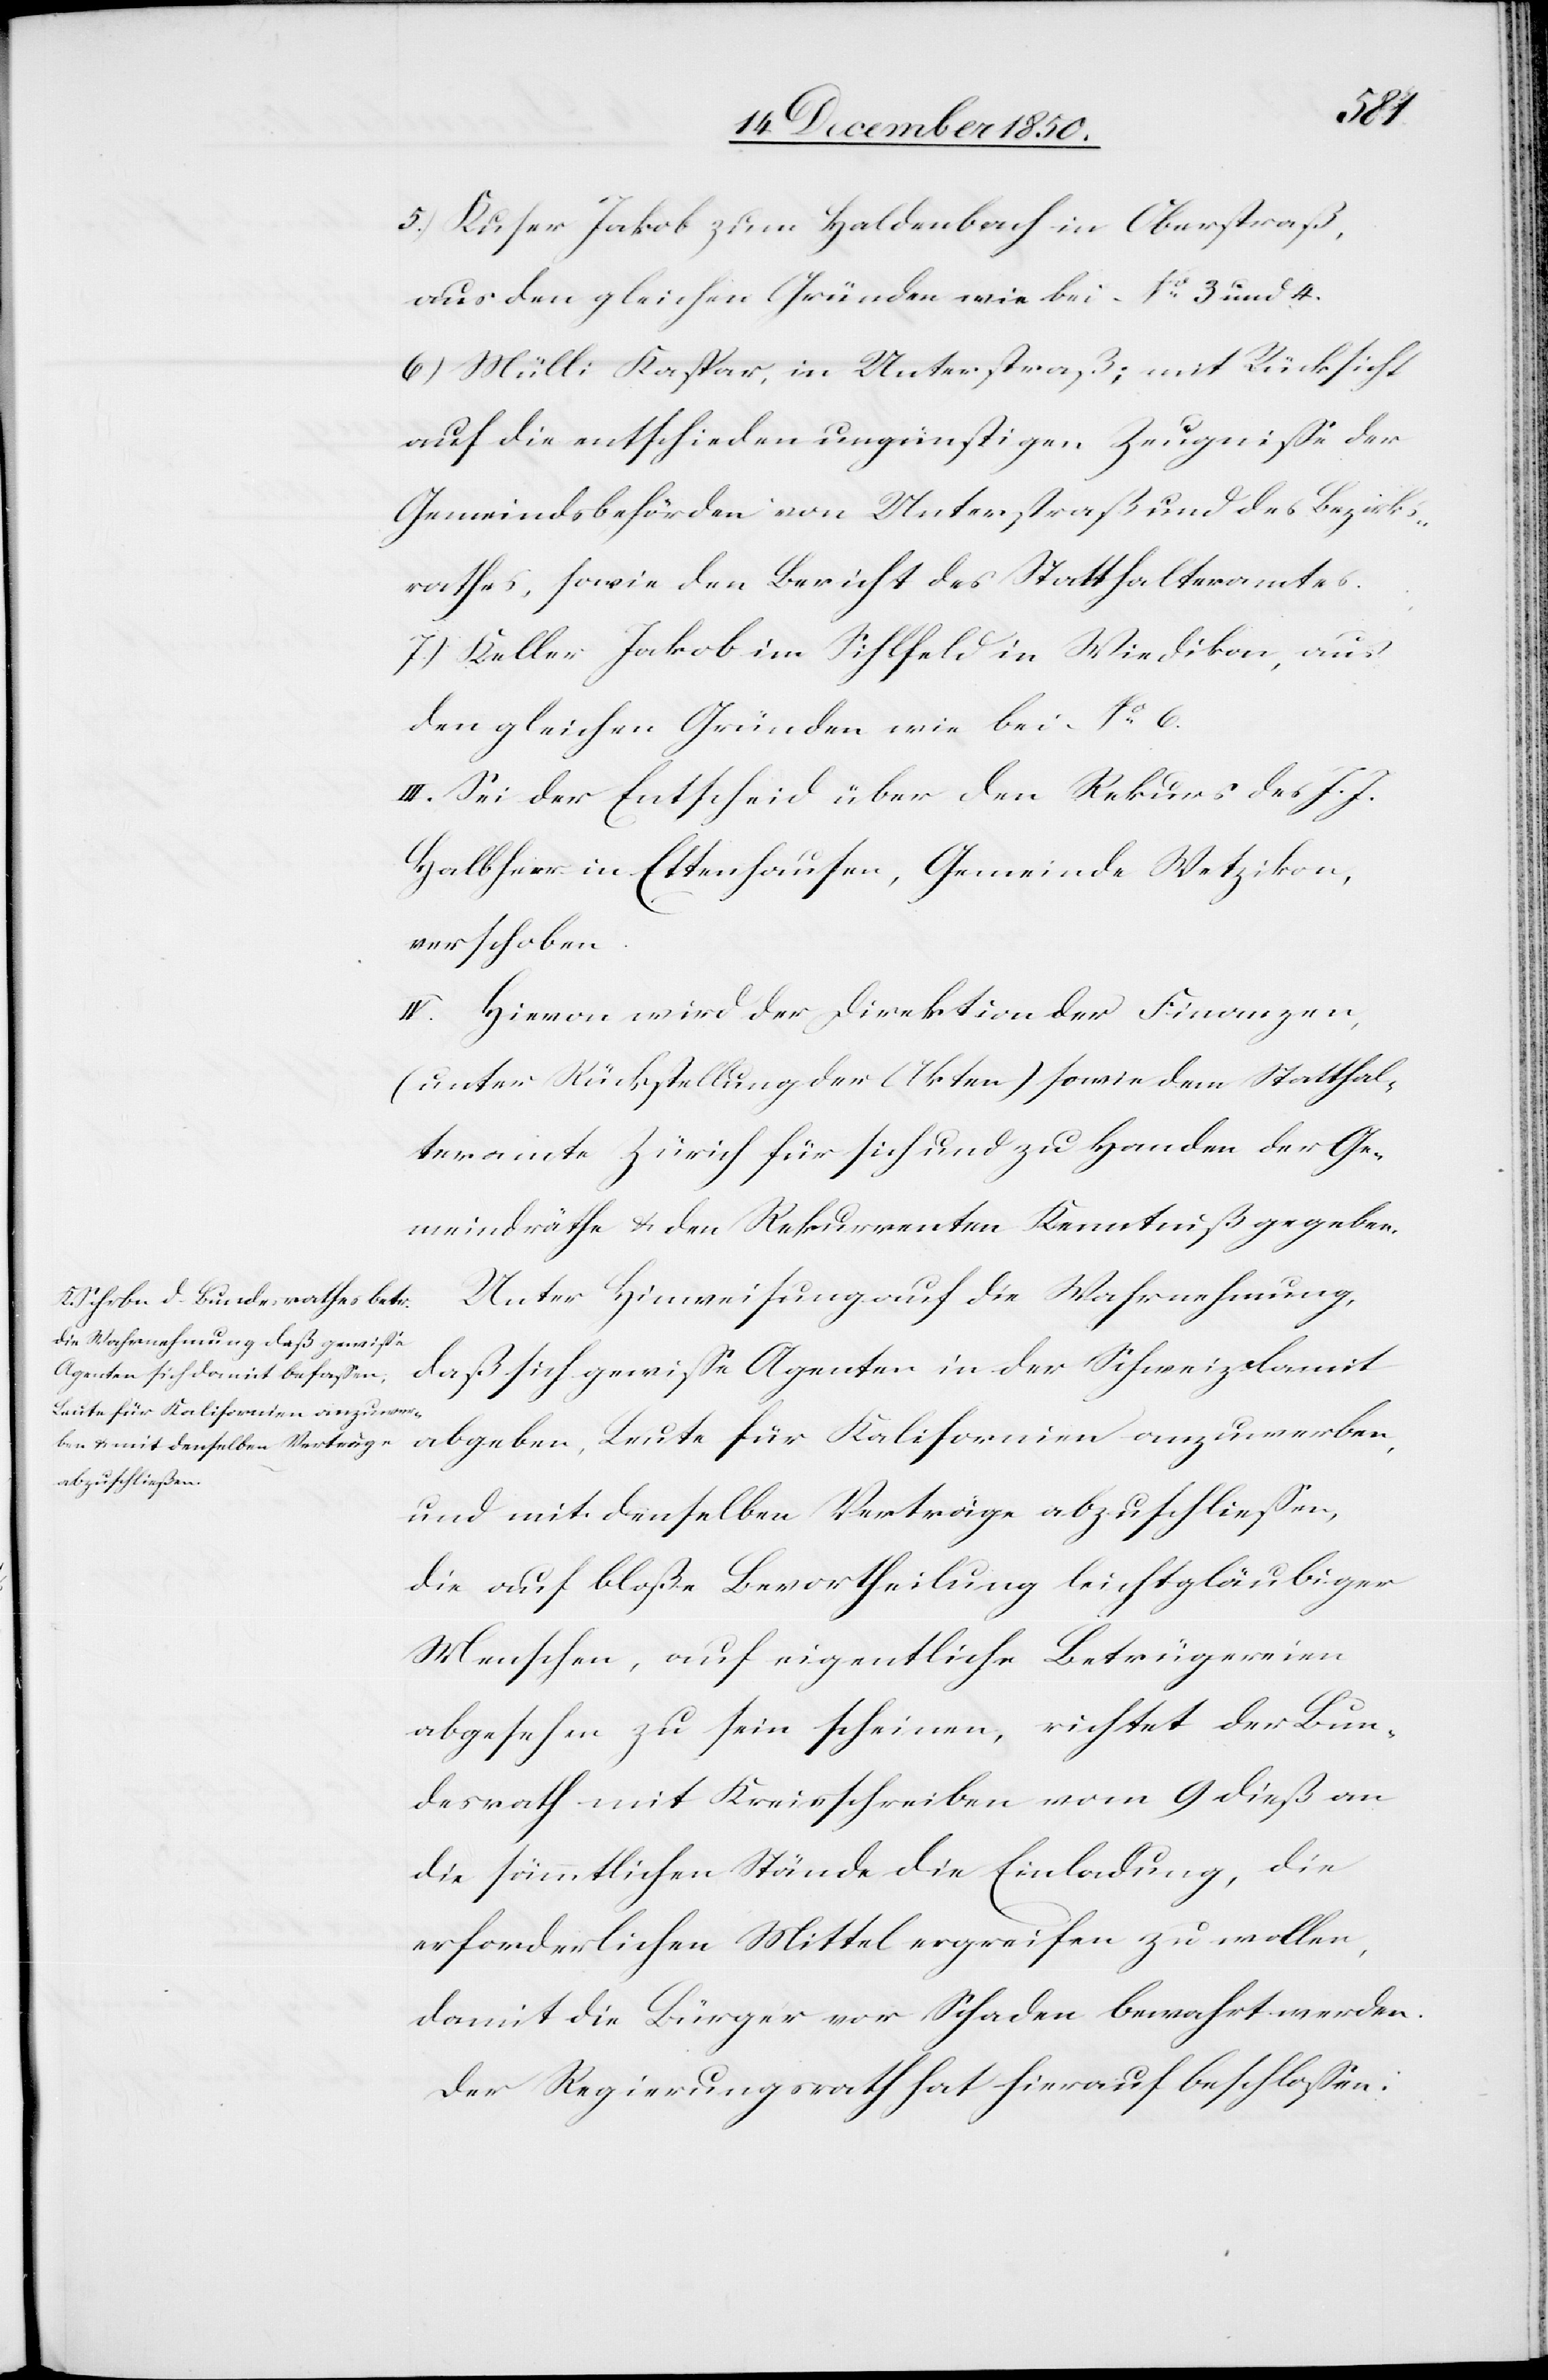
5.) Kuser Jakob zum Haldenbach in Oberstraß,
aus den gleichen Gründen wie bei No 3 und 4.
6) Mülli Kasper, in Unterstraß; mit Rücksicht
auf die entschieden ungünstigen Zeugnisse der
Gemeindsbehörden von Unterstraß und des Bezirks¬
rathes, sowie den Bericht des Statthalteramtes.
7.) Keller Jakob im Sihlfeld in Wiedikon, aus
den gleichen Gründen wie bei No 6.
III. Sei der Entscheid über den Rekurs des J. J.
Halbheer in Ettenhausen, Gemeinde Wetzikon,
verschoben.
IV. Hievon wird der Direktion der Finanzen,
(unter Rückstellung der Akten) sowie dem Statthal¬
teramte Zürich für sich und zu Handen der Ge¬
meindräthe u. den Rekurrenten Kenntniß gegeben.
Unter Hinweisung auf die Wahrnehmung,
daß sich gewisse Agenten in der Schweiz damit
abgeben, Leute für Kalifornien anzuwerben,
und mit denselben Verträge abzuschliessen,
die auf bloße Bevortheilung leichtgläubiger
Menschen, auf eigentliche Betrügereien
abgesehen zu sein scheinen, richtet der Bun¬
desrath mit Kreisschreiben vom 9 dieß an
die sämmtlichen Stände die Einladung, die
erforderlichen Mittel ergreifen zu wollen,
damit die Bürger vor Schaden bewahrt werden.
Der Regierungsrath hat hierauf beschlossen: